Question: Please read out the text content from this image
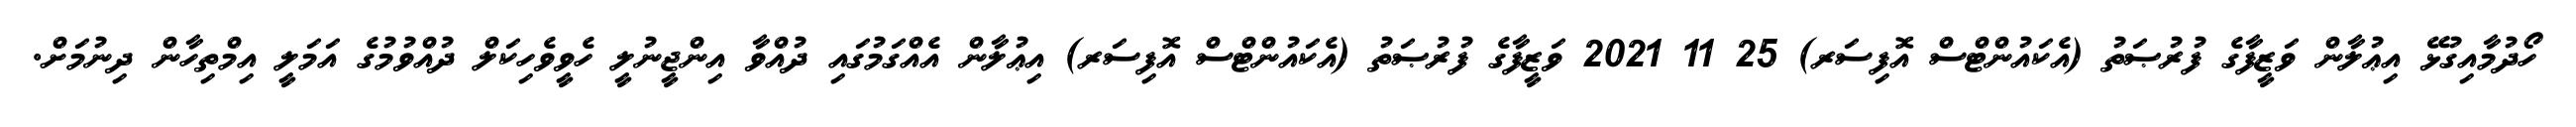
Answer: ހޯދުމާއިގުޅޭ އިޢުލާން ވަޒީފާގެ ފުރުޞަތު (އެކައުންޓްސް އޮފިސަރ) 25 11 2021 ވަޒީފާގެ ފުރުޞަތު (އެކައުންޓްސް އޮފިސަރ) އިޢުލާން އެއްގަމުގައި ދުއްވާ އިންޖީނުލީ ހެވީވެހިކަލް ދުއްވުމުގެ އަމަލީ އިމްތިހާން ދިނުމަށް.